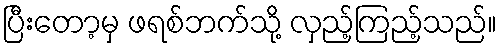
ပြီးတော့မှ ဖရစ်ဘက်သို့ လှည့်ကြည့်သည်။